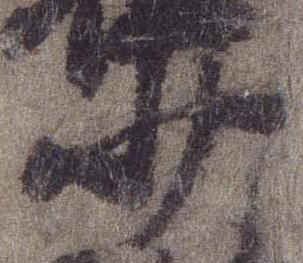
少